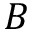
B